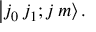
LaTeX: \left| j _ { 0 } \, j _ { 1 } ; j \, m \right\rangle .